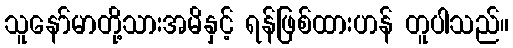
သူနော်မာတို့သားအမိနှင့် ရန်ဖြစ်ထားဟန် တူပါသည်။